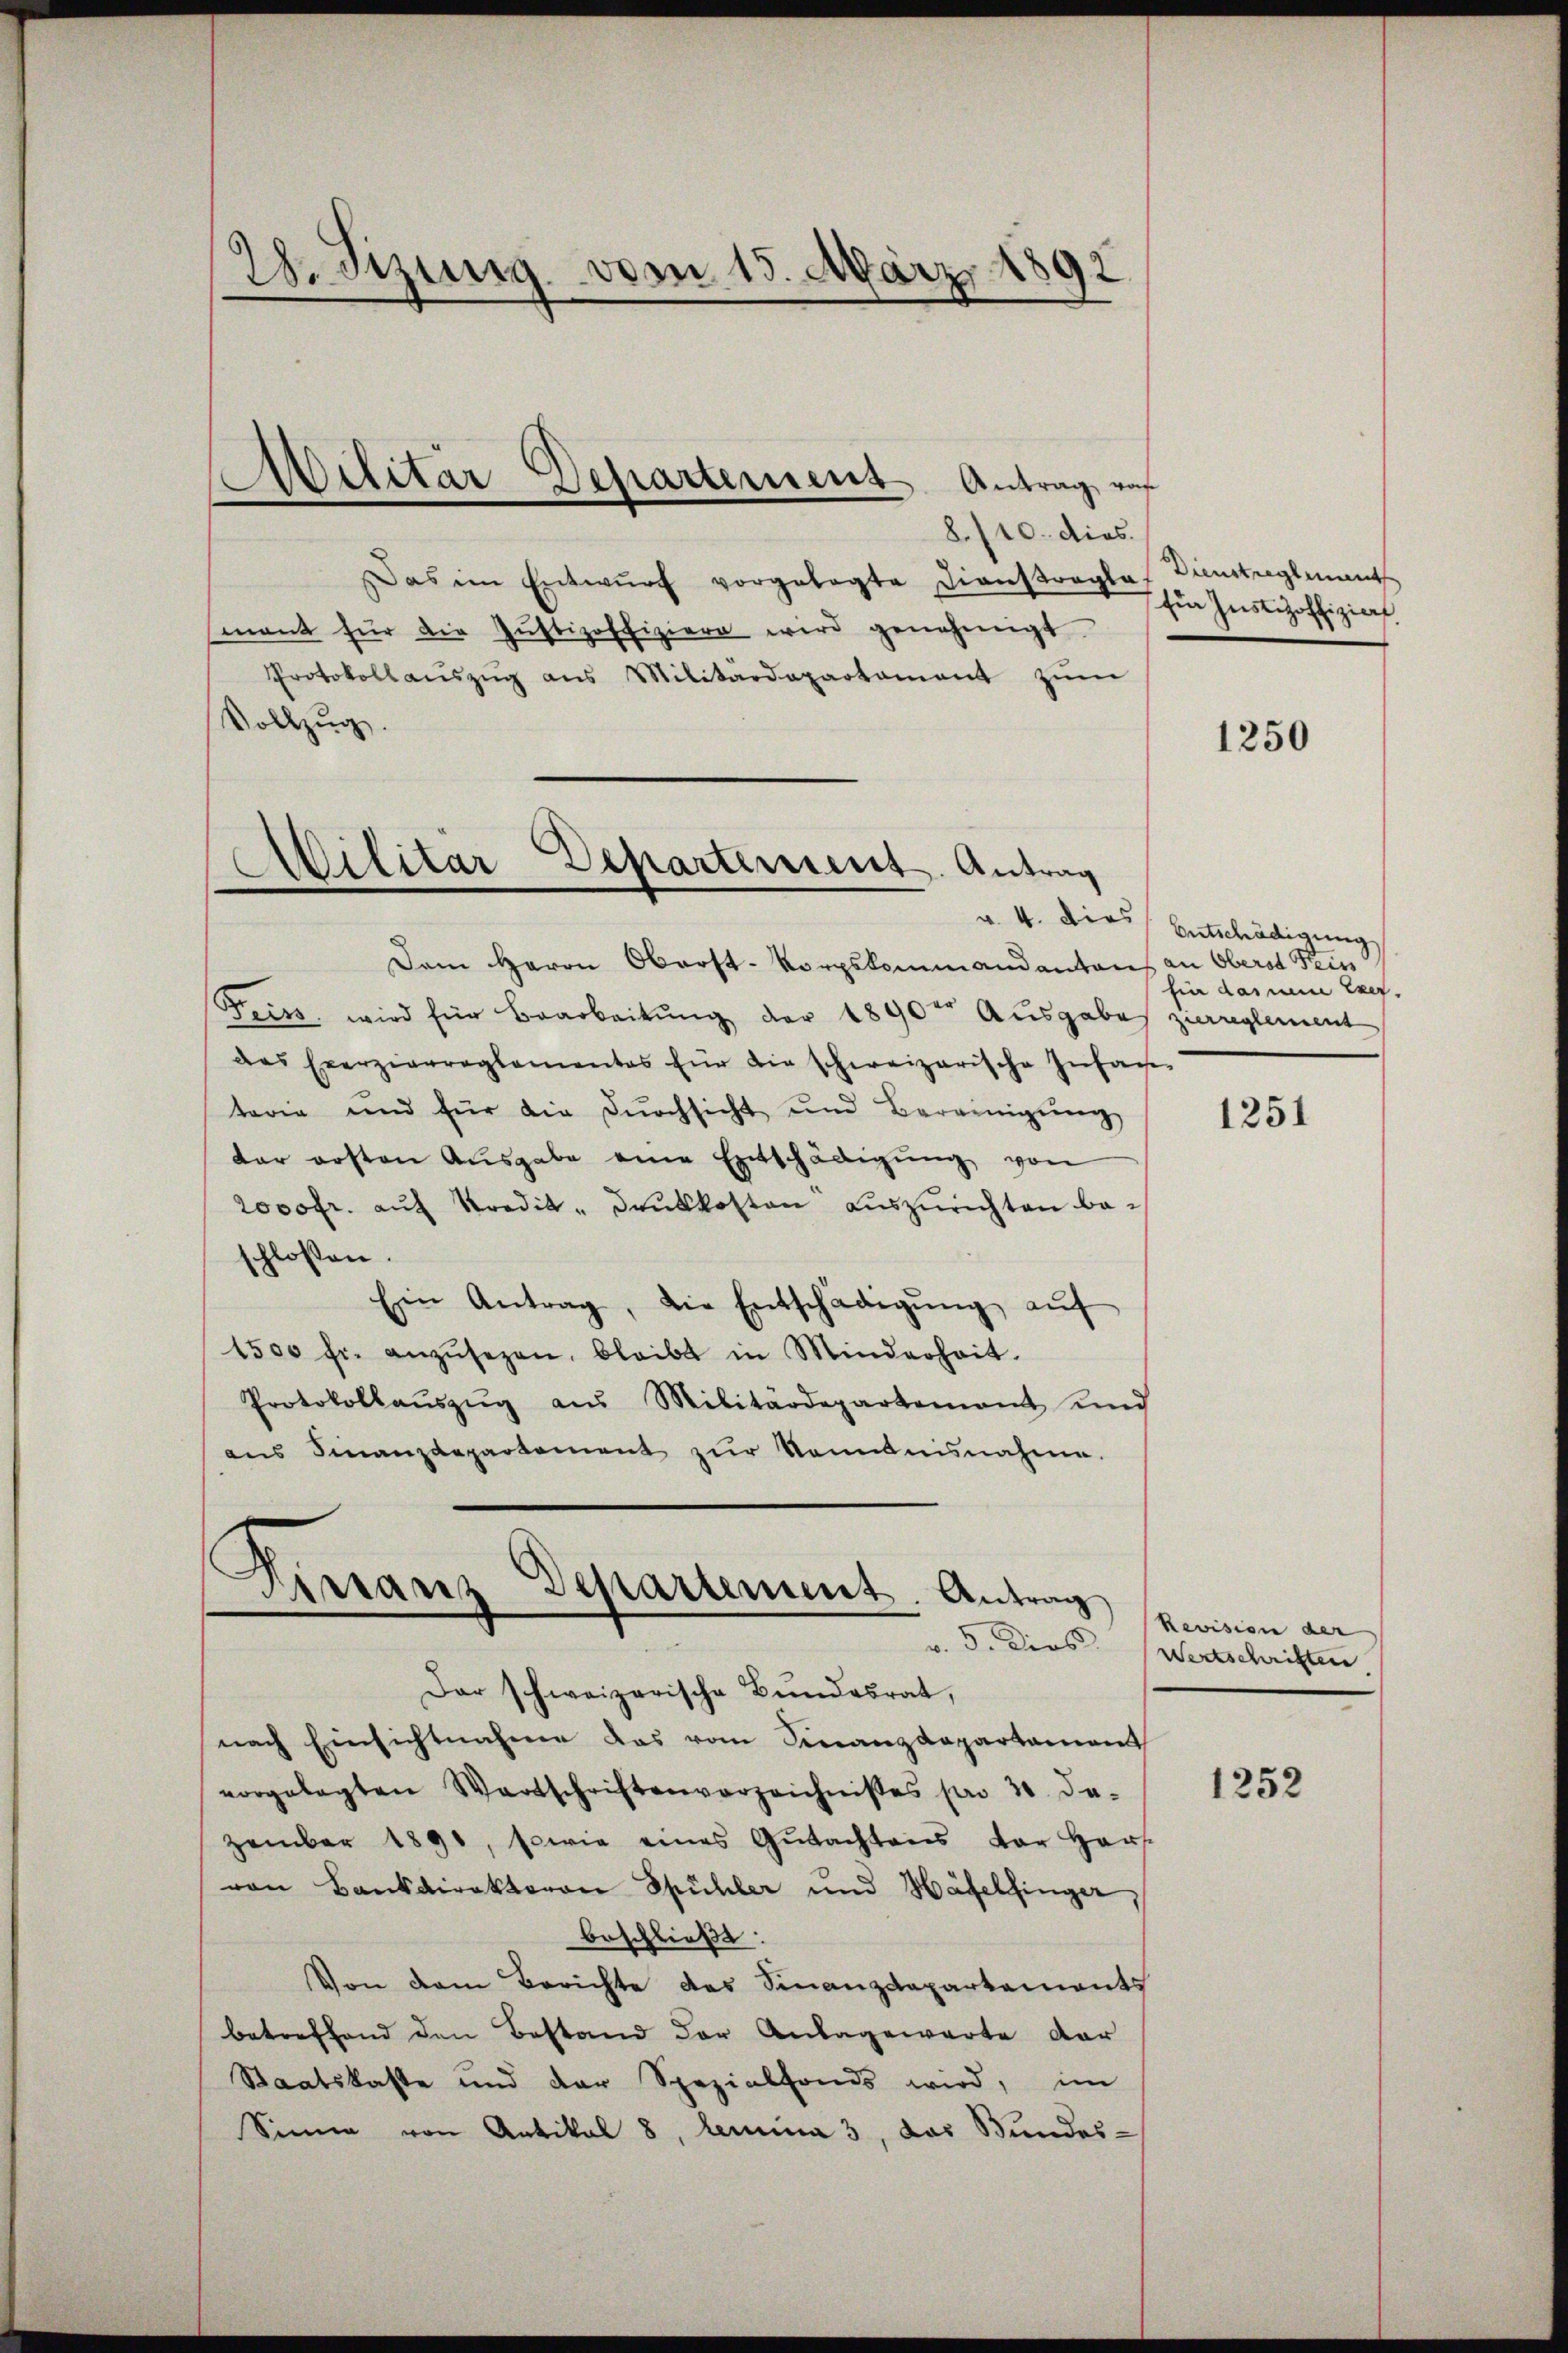
8./10. dies
Das im Entwŭrf vorgelegte Dienstragla Dienstreglement
mant für die Jŭstizoffiziere wird genehmigt.
Protokollaŭszŭg ans Militärdepartament zŭm
Vollzug.

28. Sizung vom 15. März 1892

Militar Departement Antrag, auf

Militär Departement. Antrag

Dem Herrn Oberst-Korpskommandantons an Obersd Fein
Frits, wird für Bearbeitung der 1890te Ausgabes zierreglement
das Exerzierreglementes für die schweizerische Infache
taria und für die Dŭrchsicht und Bereinigŭng
dar ersten Ausgabe eine Entschädigung von
2000fr. aŭf Kredik-Drŭkkosten auszurichten beschlossen:
Ein Antrag, die Entschädigŭng aŭf
1500 fr. anzŭsezen, bleibt in Minderheit.
Protokollaŭszŭg aŭs Militärdepartenant und
ans Finanzdepartement zŭr Kenntnisnahme.

Firranz Departement. Antrag
v. 5. Dies

Der schweizerische Bŭndesrat,
nach Einsichtnahme das vom Finanzdepartament
vorgelegten Wortschriftenverzeichnisses pro 30. De-
zember 1890, sowie eines Gŭtachtens der Hers
von Bankdirektoron Spühler und Häfelfinger,
beschließt:
Von dem Berichte des Finanzdepartements
betreffend den Bestand der Anlagewarte dar
Staatskaste und der Spezialfonds wird, im
Sinne von Antikal 8, lemina 3, das Bundes-

für Justizoffiziert

1250

v. 4. dies Entschädigung
fin darum Exer.

1251

Revision der
Wertschriften

1252